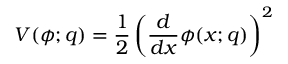
V ( \phi ; q ) = \frac 1 2 \left( \frac { d } { d x } \phi ( x ; q ) \right) ^ { 2 }